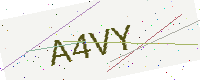
Text: A4VY